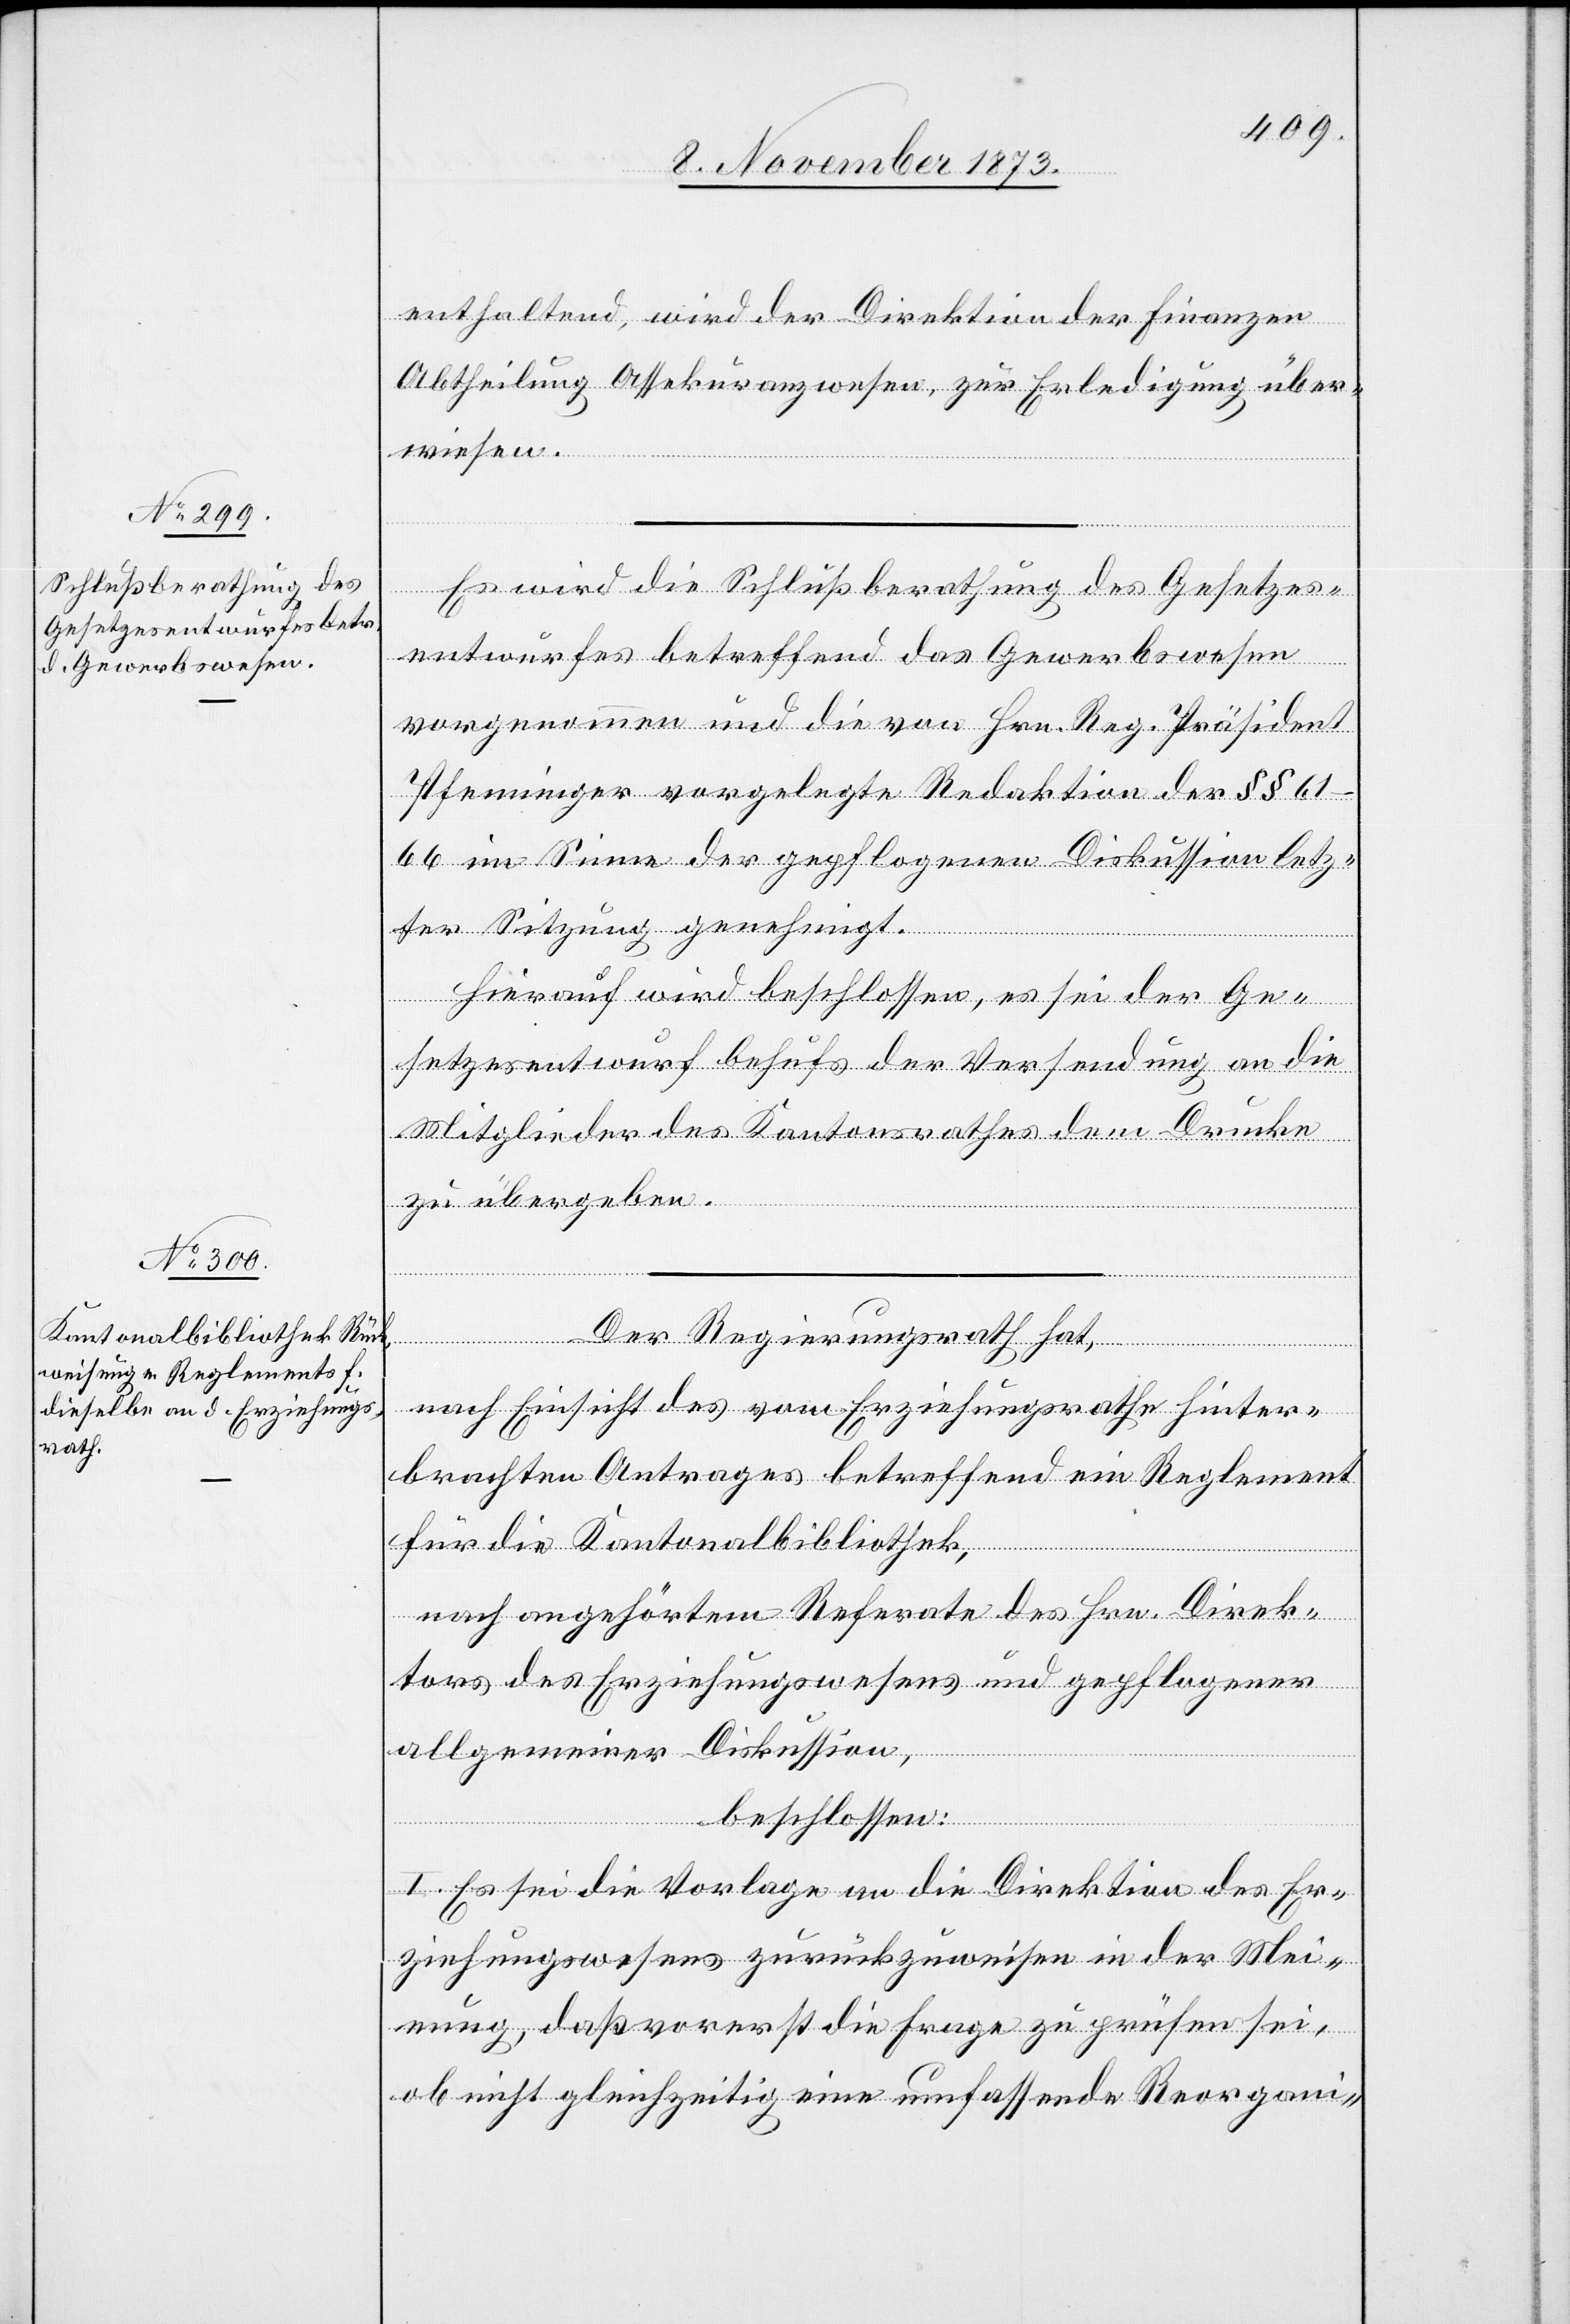
enthaltend, wird der Direktion der Finanzen
Abtheilung Assekuranzwesen, zur Erledigung über¬
wiesen.
Es wird die Schlußberathung des Gesetzes¬
entwurfes betreffend das Gewerbswesen
vorgenommen und die von Hrn. Reg. Präsident
Pfenninger vorgelegte Redaktion der §§
61–66 im Sinne der gepflogenen Diskussion letz¬
ter Sitzung genehmigt.
Hierauf wird beschlossen, es sei der Ge¬
setzesentwurf behufs der Versendung an die
Mitglieder des Kantonsrathes dem Drucke
zu übergeben.
Der Regierungsrath hat,
nach Einsicht des vom Erziehungsrathe hinter¬
brachten Antrages betreffend ein Reglement
für die Kantonalbibliothek,
nach angehörtem Referate des Hrn. Direk¬
tors des Erziehungswesens und gepflogener
allgemeiner Diskussion,
beschlossen:
I. Es sei die Vorlage an die Direktion des Er¬
ziehungswesens zurückzuweisen in der Mei¬
nung, daß vorerst die Frage zu prüfen sei,
ob nicht gleichzeitig eine umfassende Reorgani-